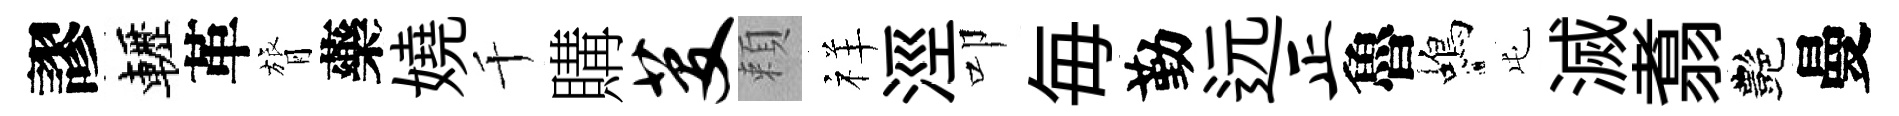
謬轣革膂藥嬈千購芟頼祥涇叩毎勤远正魯蝎屯滅翥艷曼